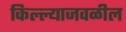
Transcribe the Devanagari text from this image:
किल्ल्याजवळील